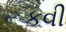
કવી